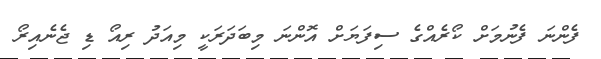
ފެންނަ ފެނުމަށް ކޯރެއްގެ ސިފަޔަށް އޮންނަ މިބަދަރަކީ މިއަދު ރިއޯ ޑި ޖެނެއިރޯ